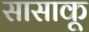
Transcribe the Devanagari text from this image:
सासाकू